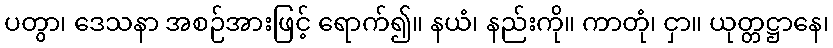
ပတွာ၊ ဒေသနာ အစဉ်အားဖြင့် ရောက်၍။ နယံ၊ နည်းကို။ ကာတုံ၊ ငှာ။ ယုတ္တဋ္ဌာနေ၊